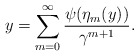
\begin{align*}y=\sum_{m=0}^\infty \frac{\psi(\eta_m(y))}{\gamma^{m+1}}.\end{align*}